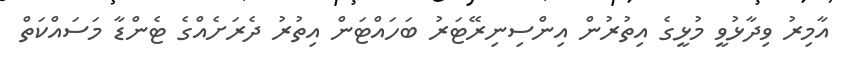
އާމިރު ވިދާޅުވީ މުޅީގެ އިތުރުން އިންސިނިރޭޓަރު ބަހައްޓަން އިތުރު ދެރަށެއްގެ ޓެންޑާ މަސައްކަތް